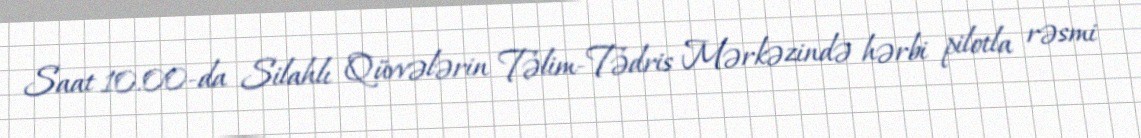
Saat 10.00-da Silahlı Qüvvələrin Təlim-Tədris Mərkəzində hərbi pilotla rəsmi